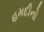
હમદીનો